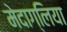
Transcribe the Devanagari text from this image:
मेदाग्लिया